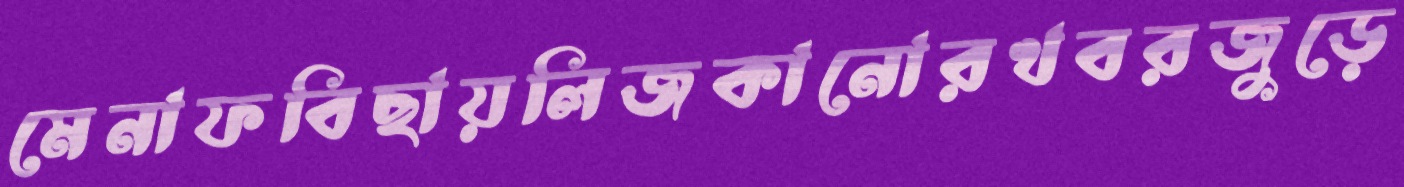
মেনাফবিছায়লিজকানোরখবরজুড়ে